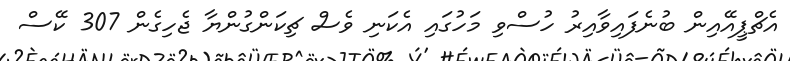
އެޗްޕީއޭއިން ބުނެފައިވާއިރު ހުސްވި މަހުގައި އެކަނި ވެސް ޗިކަންގުންޔާ ޖެހިގެން 307 ކޭސް